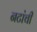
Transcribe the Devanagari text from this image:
नटांची